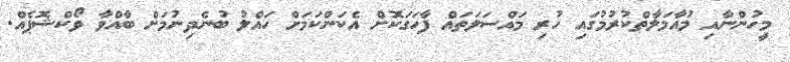
މީހުންނާއި މުއާމަލާތްކުރުމުގައި ހުރި މައްސަލަތައް ފާހަގަކޮށް އެކަންކަމަށް ހައްލު ބުނެދިނުމަށް ބާއްވާ ވޯކްޝޮޕެއް.